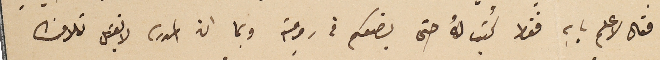
فقال لاعلم بابه فقط كُتب لهُ حتى يضعكم في رومية وبما ان المدرسه لا تقبل تلامذه